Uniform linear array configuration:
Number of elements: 32
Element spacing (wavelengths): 0.25
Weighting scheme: binomial
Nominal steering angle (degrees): -30
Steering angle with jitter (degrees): -28.143
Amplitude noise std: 0.05
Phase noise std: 0.05

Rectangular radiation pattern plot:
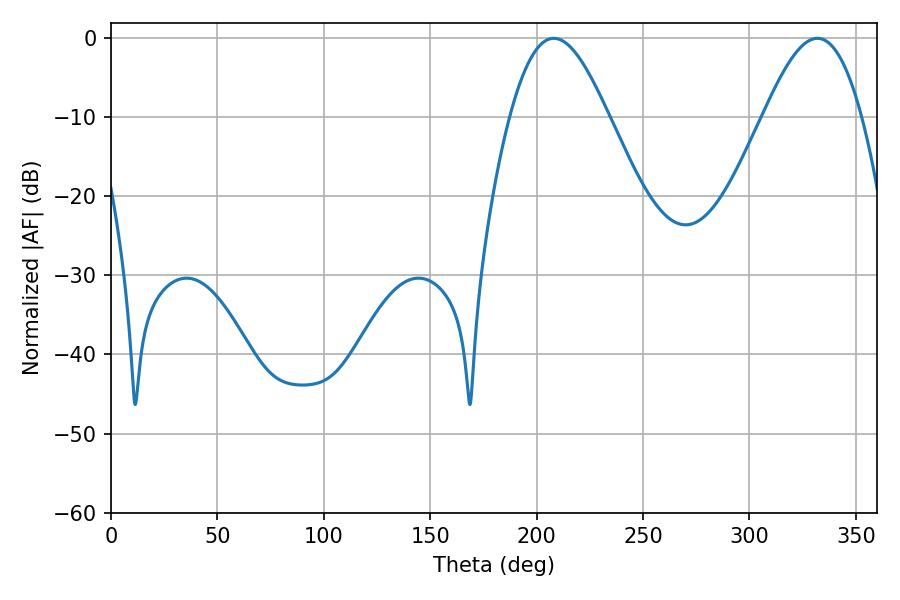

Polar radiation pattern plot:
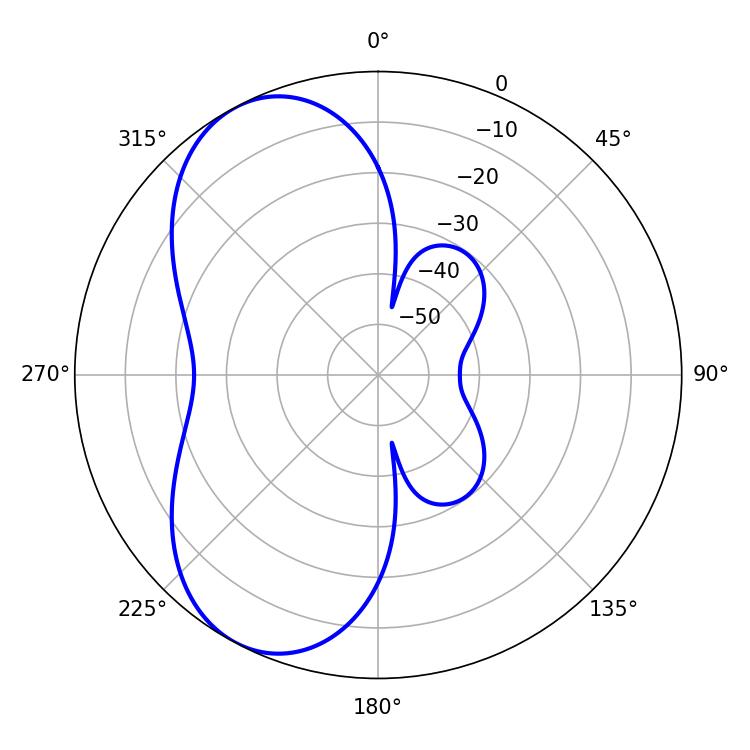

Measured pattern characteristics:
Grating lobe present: FALSE
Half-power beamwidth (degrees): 24.84
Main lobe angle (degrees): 208.08